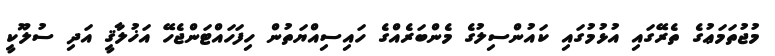
މުޖުތަމަޢުގެ ތެރޭގައި އުޅުމުގައި ކައުންސިލުގެ މެންބަރެއްގެ ހައިސިއްޔަތުން ހިފަހައްޓަންޖެހޭ އަޚުލާޤީ އަދި ސުލޫކީ